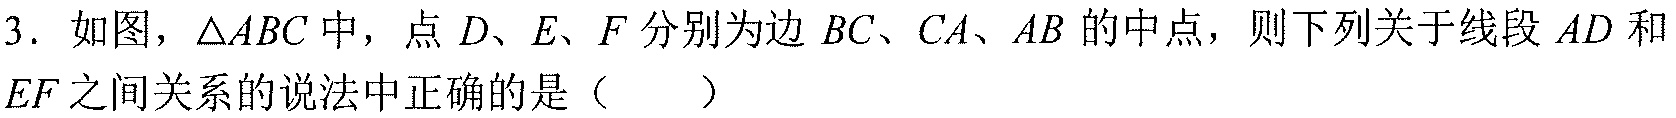
3. 如图，$\triangle ABC$中，点$D、E、F$分别为边$BC、CA、AB$的中点，则下列关于线段$AD$和$EF$之间关系的说法中正确的是（  ）